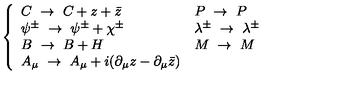
\left\{ \begin{array} { l l } { C \ \to \ C + z + \bar { z } } & { P \ \to \ P } \\ { \psi ^ { \pm } \ \to \ \psi ^ { \pm } + \chi ^ { \pm } } & { \lambda ^ { \pm } \ \to \ \lambda ^ { \pm } } \\ { B \ \to \ B + H } & { M \ \to \ M } \\ { A _ { \mu } \ \to \ A _ { \mu } + i ( \partial _ { \mu } z - \partial _ { \mu } \bar { z } ) } & { } \\ \end{array} \right.